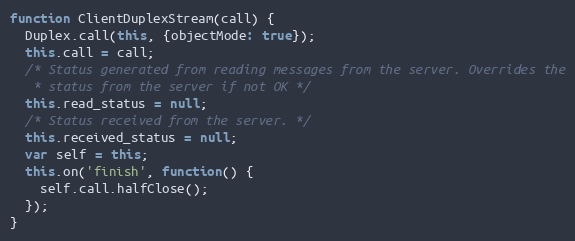
Language: JavaScript
function ClientDuplexStream(call) {
  Duplex.call(this, {objectMode: true});
  this.call = call;
  /* Status generated from reading messages from the server. Overrides the
   * status from the server if not OK */
  this.read_status = null;
  /* Status received from the server. */
  this.received_status = null;
  var self = this;
  this.on('finish', function() {
    self.call.halfClose();
  });
}